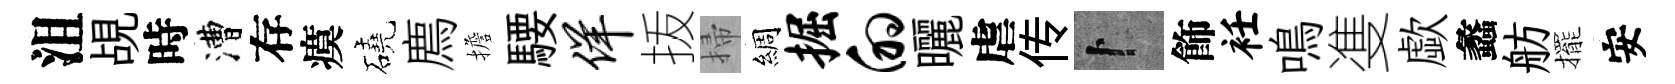
沮覘時漕存瘼磽廌擔騕佯㧞掃綢掘的曬虐传卜飾衽鳴㕠歔蠡舫擺安